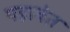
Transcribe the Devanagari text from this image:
पहावेत